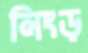
নিংড়